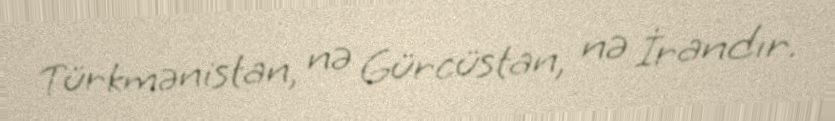
Türkmənistan, nə Gürcüstan, nə İrandır.